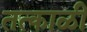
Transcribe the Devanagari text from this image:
तत्काळीं